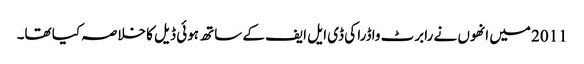
2011 میں انھوں نے رابرٹ واڈرا کی ڈی ایل ایف کے ساتھ ہوئی ڈیل کا خلاصہ کیا تھا۔